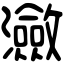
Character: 瀲